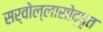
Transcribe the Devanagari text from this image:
सर्वोल्लासोद्धृत